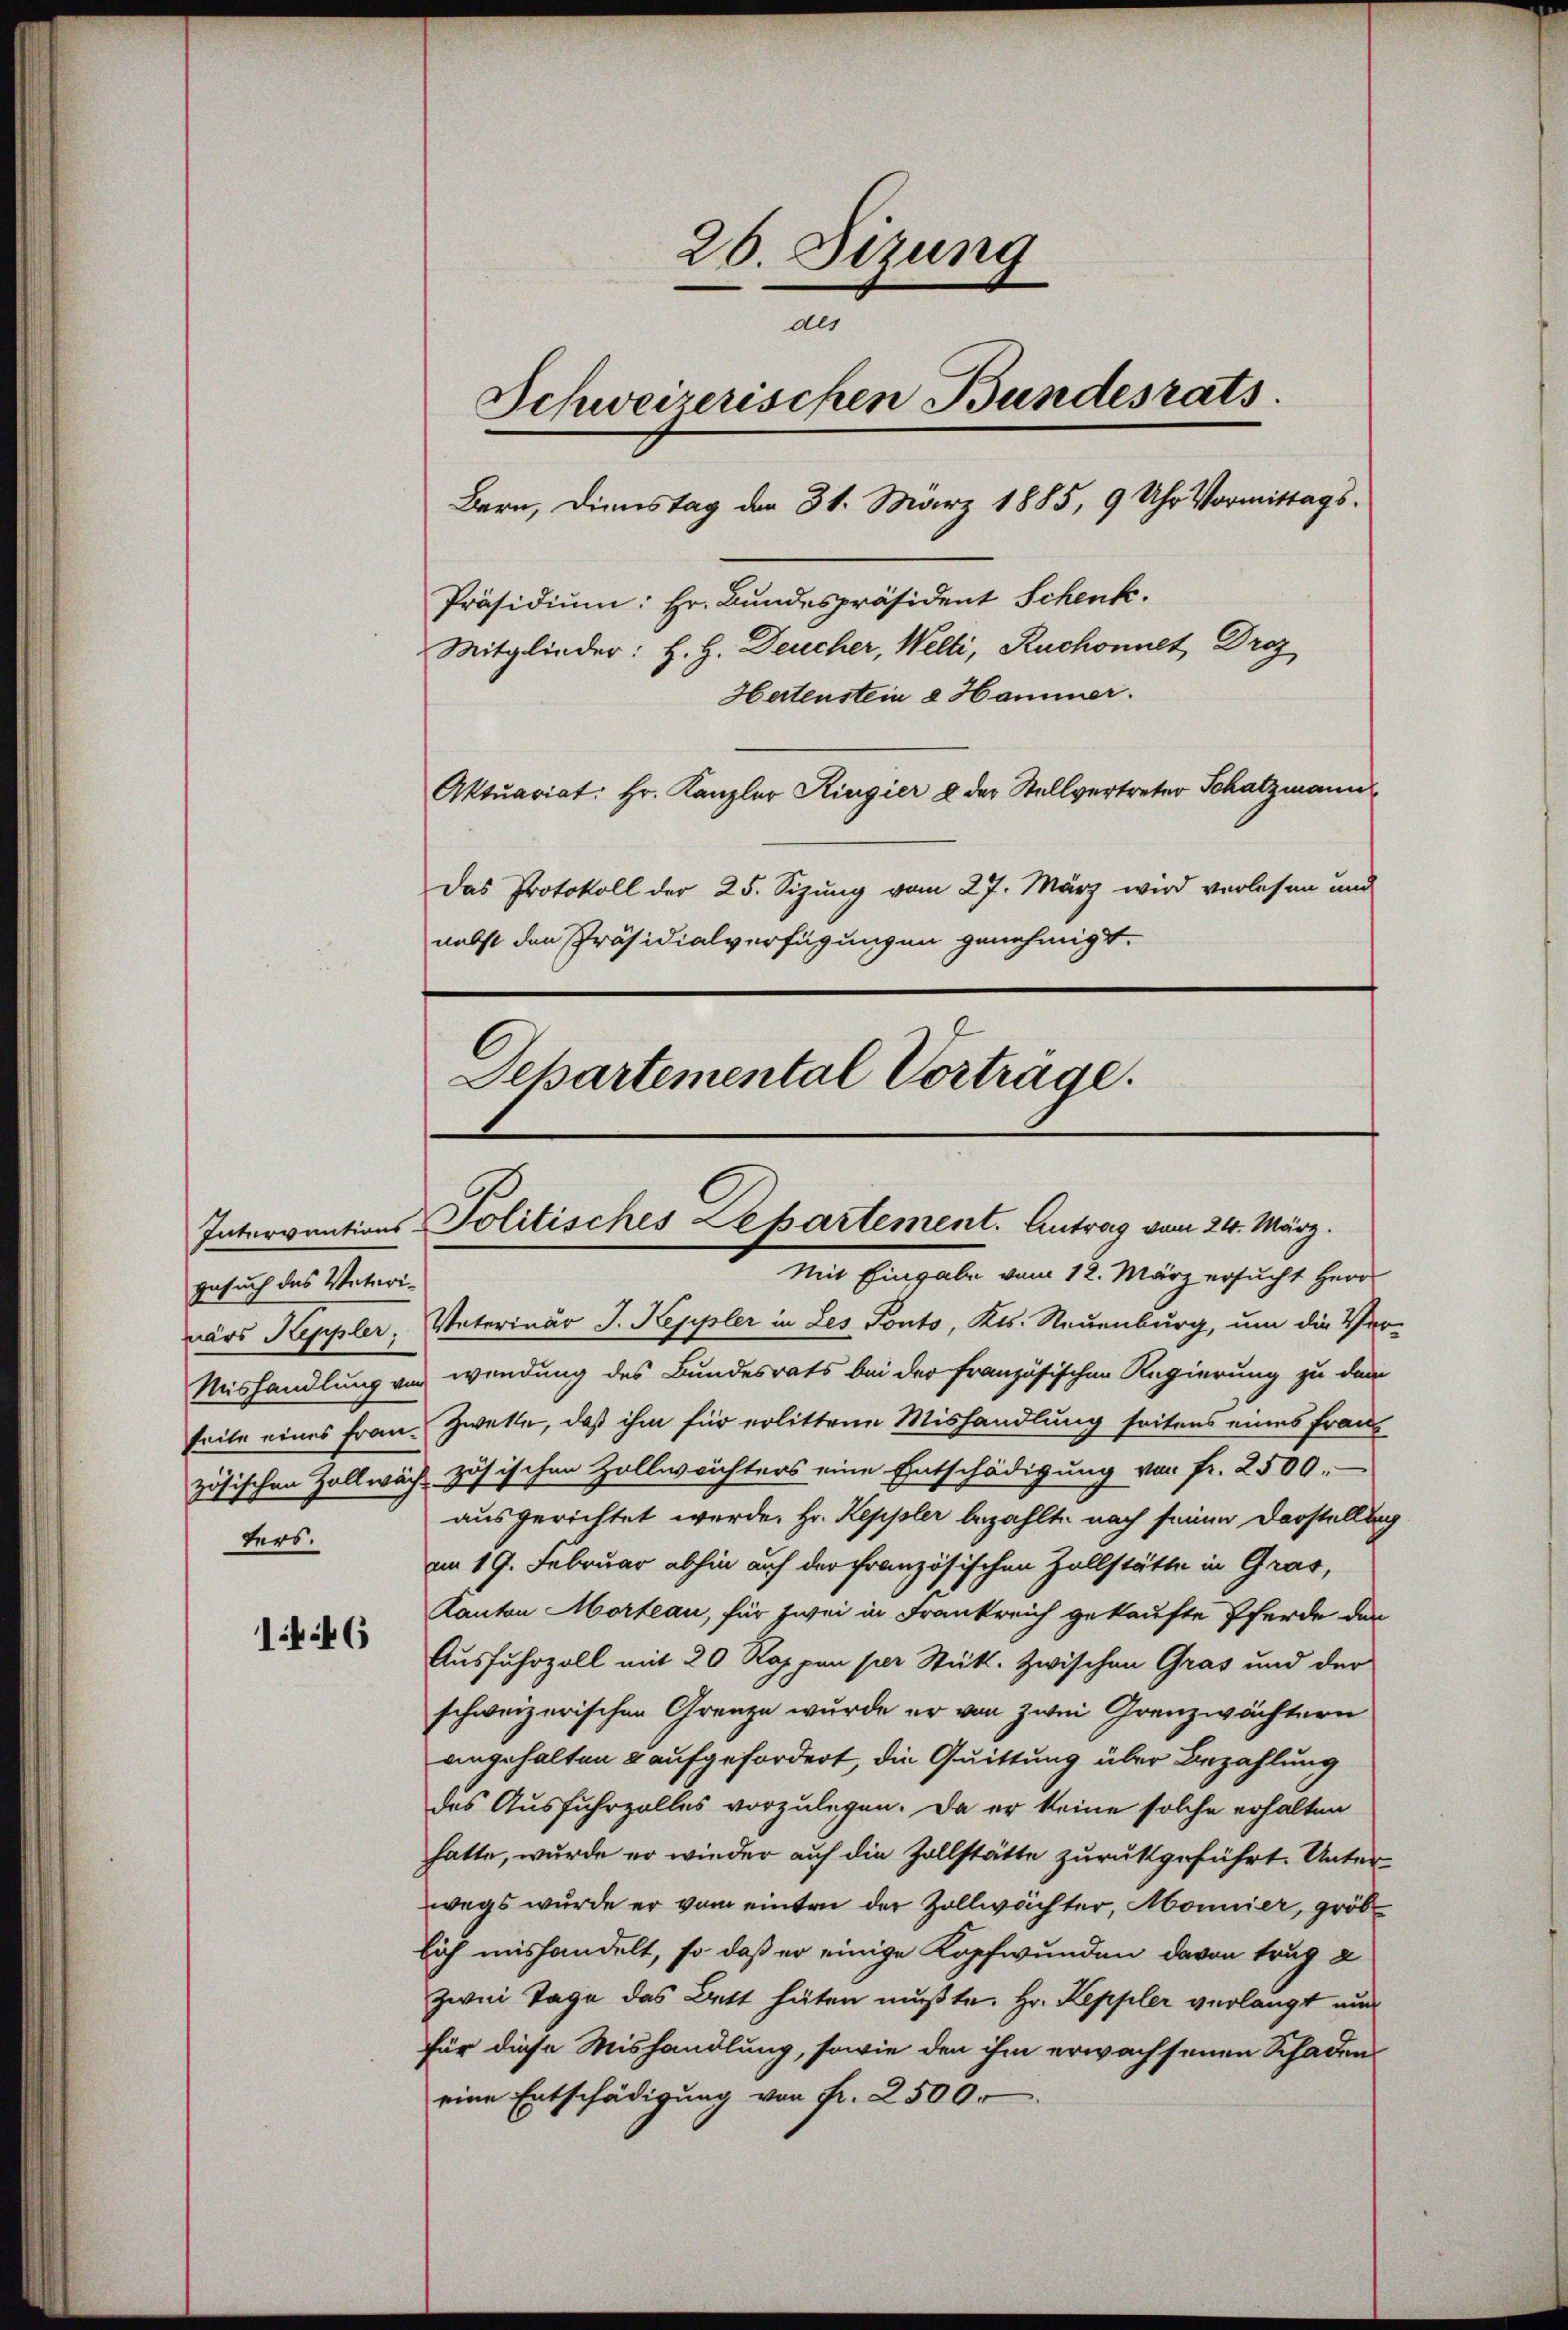
Gesuch das Vaterinärs Keppler,
ters.

1t 6

26. Sizung
an
Schweizerischen Bundesrats.
Bern, Dienstag der 31. März 1885, 9 Uhr Vormittags¬
Präsidium: Hr. Bundespräsident Schenk.
Mitglieder: H. H. Deucher, Welti, Ruchonnet, Droz
Hertenstein 8 Hammer.
Aktuariat: Hr. Kanzler Kingier u der Stellvertreter Schatzmann
Das Protokoll der 25. Sizung vom 27. März wird verlesen und
nebst den Präsidialverfügungen genehmigt.
Departemental Vorträge.

Intervantions Politisches Departement. Antrag vom 24. März.
Mit Eingabe vom 12. März ersucht Herr

Vaterinär J. Keppler in Les Ponts, Kts. Neuenburg, um die Ver¬
Mishandlung von wendung des Bundesrats bei der französischen Regierung zu dem
seite eines Frau Zweke, daß ihm für erlittene Mishandlung seitens eines Franz
zösischen Zollwach zösischen Zolles richters eine Entschädigung von fr. 2500.
ausgerichtet werde. Hr. Keppler bezahlte nach seinen Darstellung
am 19. Februar abhin auf der französischen Zollstätte in Gras,
Kanton Morteau, für zwei in Frankreich gekaufte Pferde der
Ausfuhrzoll mit 20 Rappen per Stück. Zwischen Gras und der
schweizerischen Grenze wurde er von zwei Grenzwächtern
angehalten u aufgefordert, die Quittung über Bezahlung
des Ausfuhrzolles vorzulegen. Da er keine solche erhalten
hatte, wurde er wieder auf die Zollstätte zurückgeführt. Unterwegs wurde er vom einten der Zollwächter, Monnier, gröb
lich mißhandelt, so daß er einige Kopfwunden davon trug 2
Zwei Tage das Bett hüten mußte. Hr. Keppler verlangt nun
für diese Mishandlung, sowie den ihm erwachsenen Schaden
eine Entschädigung von Fr. 2500.